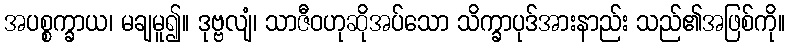
အပစ္စက္ခာယ၊ မချမူ၍။ ဒုဗ္ဗလျံ၊ သာဇီဝဟုဆိုအပ်သော သိက္ခာပုဒ်အားနာည်း သည်၏အဖြစ်ကို။